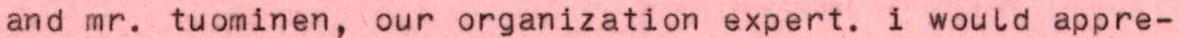
and mr. tuominen, our organization expert. i would appre-